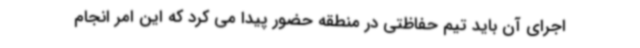
اجرای آن باید تیم حفاظتی در منطقه حضور پیدا می کرد که این امر انجام